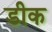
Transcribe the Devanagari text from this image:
डीक